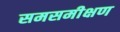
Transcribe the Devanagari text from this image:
समसमीक्षण